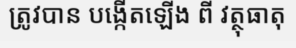
ត្រូវបាន បង្កើតឡើង ពី វត្ថុធាតុ